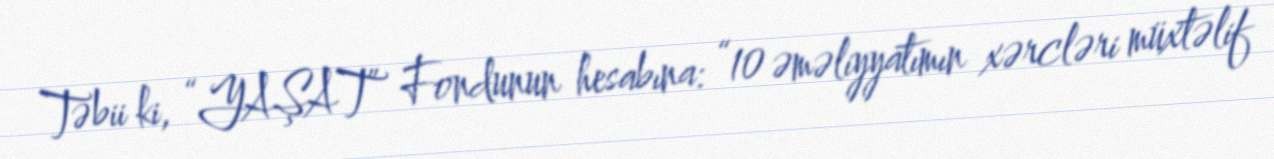
Təbii ki, “YAŞAT” Fondunun hesabına: “10 əməliyyatımın xərcləri müxtəlif